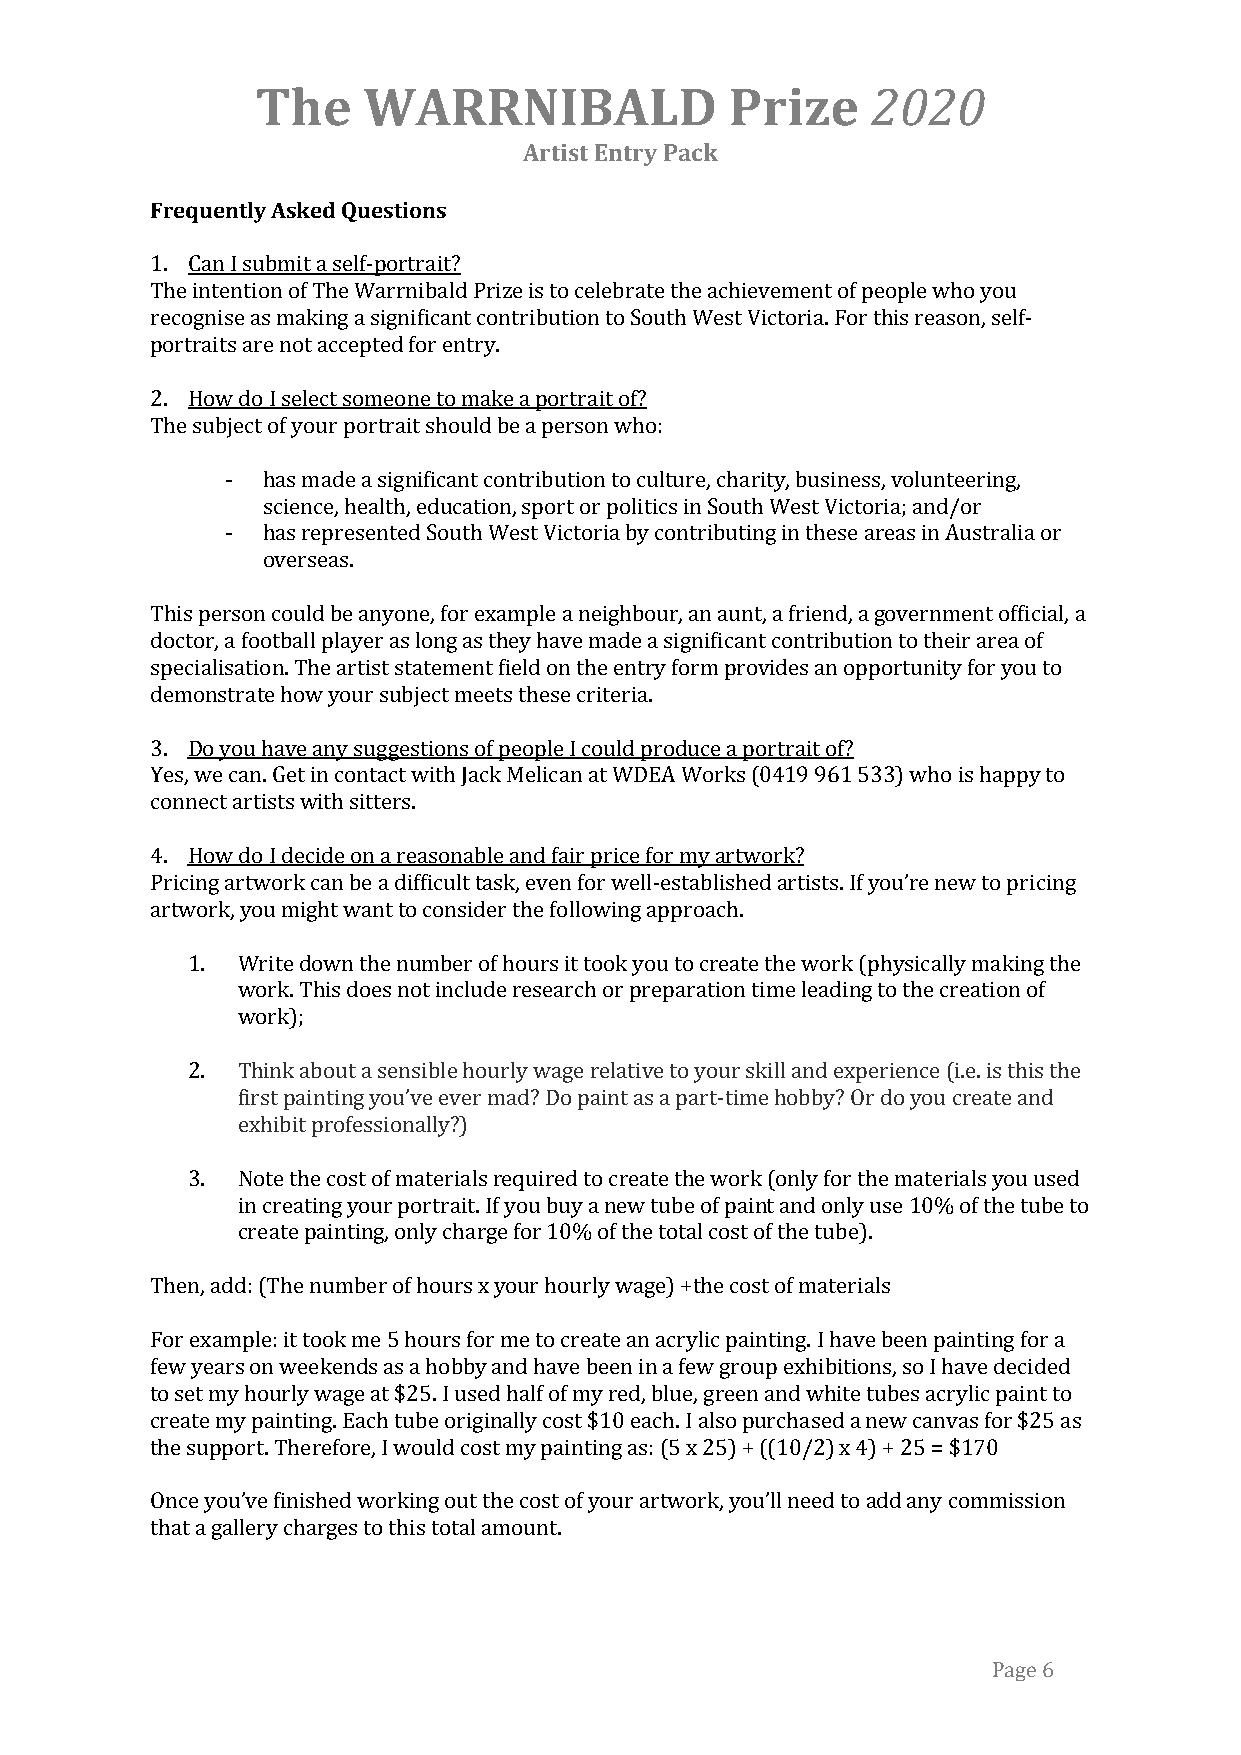
The    WARRNIBALD              Prize     2020
 Artist Entry Pack
 Frequently Asked Questions
 1. Can I submit a self-portrait?
 The intention of The Warrnibald Prize is to celebrate the achievement of people who you
 recognise as making a significant contribution to South West Victoria. For this reason, self-
 portraits are not accepted for entry.
 2. How do I select someone to make a portrait of?
 The subject of your portrait should be a person who:
 - has made a significant contribution to culture, charity, business, volunteering,
 science, health, education, sport or politics in South West Victoria; and/or
 - has represented South West Victoria by contributing in these areas in Australia or
 overseas.
 This person could be anyone, for example a neighbour, an aunt, a friend, a government official, a
 doctor, a football player as long as they have made a significant contribution to their area of
 specialisation. The artist statement field on the entry form provides an opportunity for you to
 demonstrate how your subject meets these criteria.
 3. Do you have any suggestions of people I could produce a portrait of?
 Yes, we can. Get in contact with Jack Melican at WDEA Works (0419 961 533) who is happy to
 connect artists with sitters.
 4. How do I decide on a reasonable and fair price for my artwork?
 Pricing artwork can be a difficult task, even for well-established artists. If you’re new to pricing
 artwork, you might want to consider the following approach.
 1.  Write down the number of hours it took you to create the work (physically making the
 work. This does not include research or preparation time leading to the creation of
 work);
 2.  Think about a sensible hourly wage relative to your skill and experience (i.e. is this the
 first painting you’ve ever mad? Do paint as a part-time hobby? Or do you create and
 exhibit professionally?)
 3.  Note the cost of materials required to create the work (only for the materials you used
 in creating your portrait. If you buy a new tube of paint and only use 10% of the tube to
 create painting, only charge for 10% of the total cost of the tube).
 Then, add: (The number of hours x your hourly wage) +the cost of materials
 For example: it took me 5 hours for me to create an acrylic painting. I have been painting for a
 few years on weekends as a hobby and have been in a few group exhibitions, so I have decided
 to set my hourly wage at $25. I used half of my red, blue, green and white tubes acrylic paint to
 create my painting. Each tube originally cost $10 each. I also purchased a new canvas for $25 as
 the support. Therefore, I would cost my painting as: (5 x 25) + ((10/2) x 4) + 25 = $170
 Once you’ve finished working out the cost of your artwork, you’ll need to add any commission
 that a gallery charges to this total amount.
 Page 6